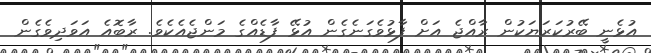
އުޅެނީ ބޭރުކަރަޔަކުން ރާއްޖެ އަށް ފާޅުވެގަނެގެން އުޅޭ ފާޑެއްގެ މަންޖެއެކެވެ. ރާބޮއެ އަވަދިވެގެން